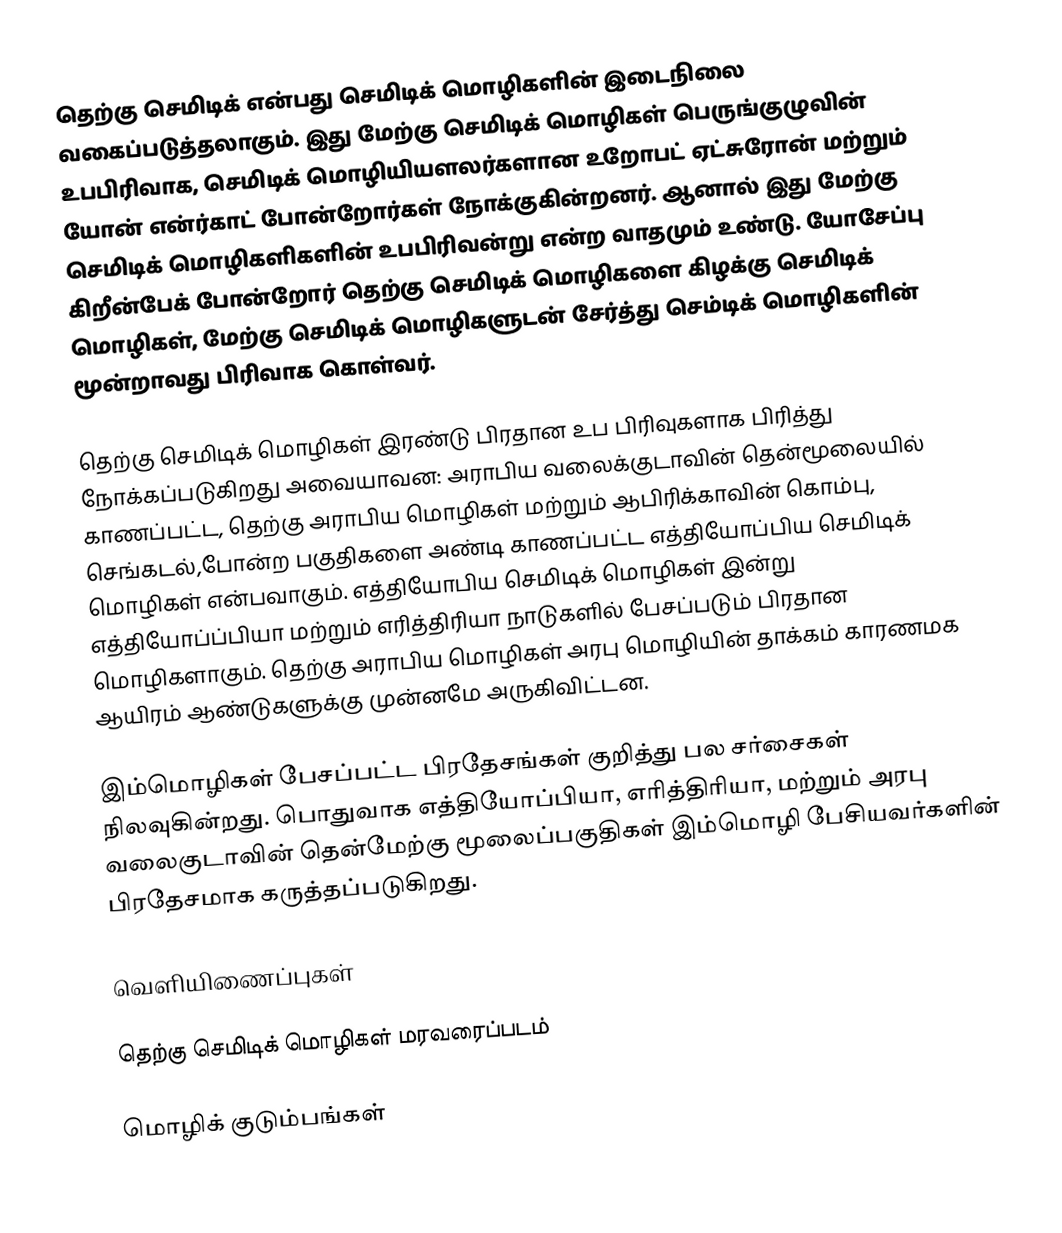
தெற்கு செமிடிக் என்பது செமிடிக் மொழிகளின் இடைநிலை வகைப்படுத்தலாகும்.  இது மேற்கு செமிடிக் மொழிகள் பெருங்குழுவின் உபபிரிவாக, செமிடிக் மொழியியளலர்களான உறோபட் ஏட்சுரோன் மற்றும் யோன் என்ர்காட் போன்றோர்கள் நோக்குகின்றனர்.  ஆனால் இது மேற்கு செமிடிக் மொழிகளிகளின் உபபிரிவன்று என்ற வாதமும் உண்டு.  யோசேப்பு கிறீன்பேக் போன்றோர் தெற்கு செமிடிக் மொழிகளை கிழக்கு செமிடிக் மொழிகள், மேற்கு செமிடிக் மொழிகளுடன் சேர்த்து செம்டிக் மொழிகளின் மூன்றாவது பிரிவாக கொள்வர்.

தெற்கு செமிடிக் மொழிகள் இரண்டு பிரதான உப பிரிவுகளாக பிரித்து நோக்கப்படுகிறது அவையாவன: அராபிய வலைக்குடாவின் தென்மூலையில் காணப்பட்ட, தெற்கு அராபிய மொழிகள் மற்றும் ஆபிரிக்காவின் கொம்பு, செங்கடல்,போன்ற பகுதிகளை அண்டி காணப்பட்ட  எத்தியோப்பிய செமிடிக் மொழிகள் என்பவாகும். எத்தியோபிய செமிடிக் மொழிகள் இன்று எத்தியோப்ப்பியா மற்றும் எரித்திரியா நாடுகளில் பேசப்படும் பிரதான மொழிகளாகும். தெற்கு அராபிய மொழிகள் அரபு மொழியின் தாக்கம் காரணமக ஆயிரம் ஆண்டுகளுக்கு முன்னமே அருகிவிட்டன.

இம்மொழிகள் பேசப்பட்ட பிரதேசங்கள் குறித்து பல சர்சைகள் நிலவுகின்றது. பொதுவாக எத்தியோப்பியா, எரித்திரியா, மற்றும் அரபு வலைகுடாவின் தென்மேற்கு மூலைப்பகுதிகள் இம்மொழி பேசியவர்களின் பிரதேசமாக கருத்தப்படுகிறது.

வெளியிணைப்புகள்

தெற்கு செமிடிக் மொழிகள் மரவரைப்படம்

மொழிக் குடும்பங்கள்